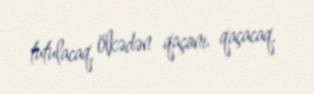
tutulacaq, ölkədən qaçanı qaçacaq.